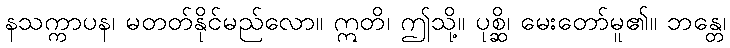
နသက္ကာပန၊ မတတ်နိုင်မည်လော။ ဣတိ၊ ဤသို့။ ပုစ္ဆိ၊ မေးတော်မူ၏။ ဘန္တေ၊